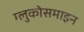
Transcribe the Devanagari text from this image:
ग्लुकोसमाइन